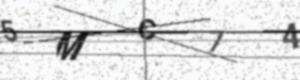
Text: 5MC74